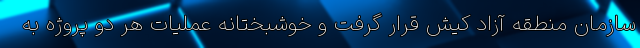
سازمان منطقه آزاد کیش قرار گرفت و خوشبختانه عملیات هر دو پروژه به